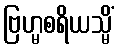
ဗြဟ္မစရိယသ္မိံ